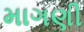
માગણી